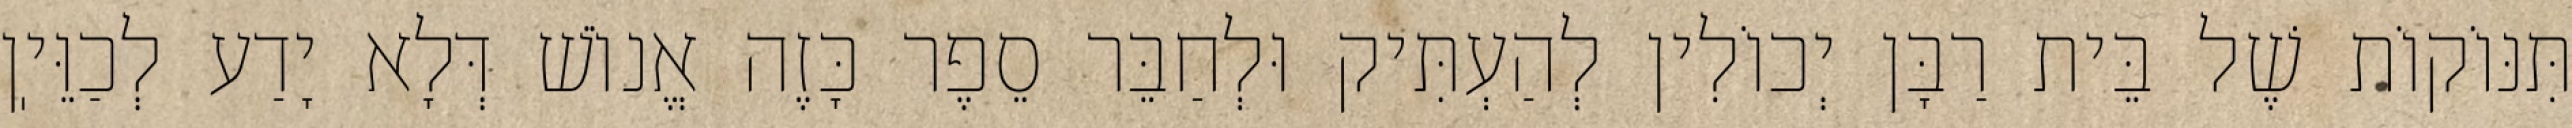
תִּנּוֹקוֹת שֶׁל בֵּית רַבָּן יְכוֹלִין לְהַעְתִּיק וּלְחַבֵּר סֵפֶר כָּזֶה אֱנוֹשׁ דְּלָא יָדַע לְכַוֵּיֽן